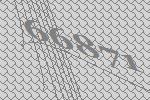
66871